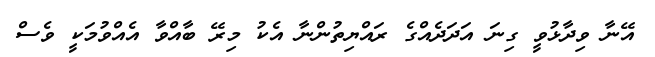
އޭނާ ވިދާޅުވީ ގިނަ އަދަދެއްގެ ރައްޔިތުންނާ އެކު މިރޭ ބާއްވާ އެއްވުމަކީ ވެސް